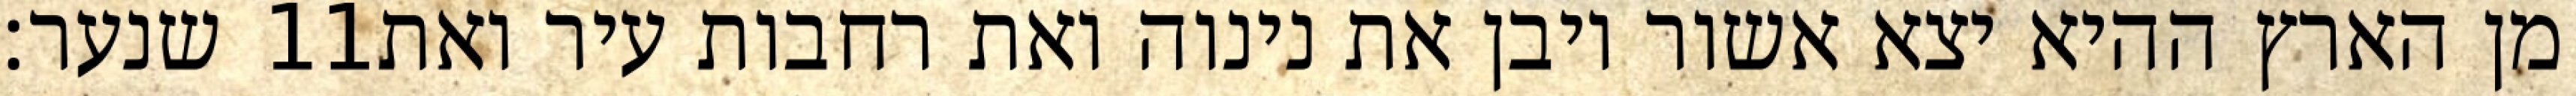
שנער׃ ‎11‏ מן הארץ ההיא יצא אשור ויבן את נינוה ואת רחבות עיר ואת